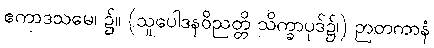
ဧကာဒသမေ၊ ၌။ (သူပေါဒနဝိညတ္တိ သိက္ခာပုဒ်၌၊) ဉာတကာနံ